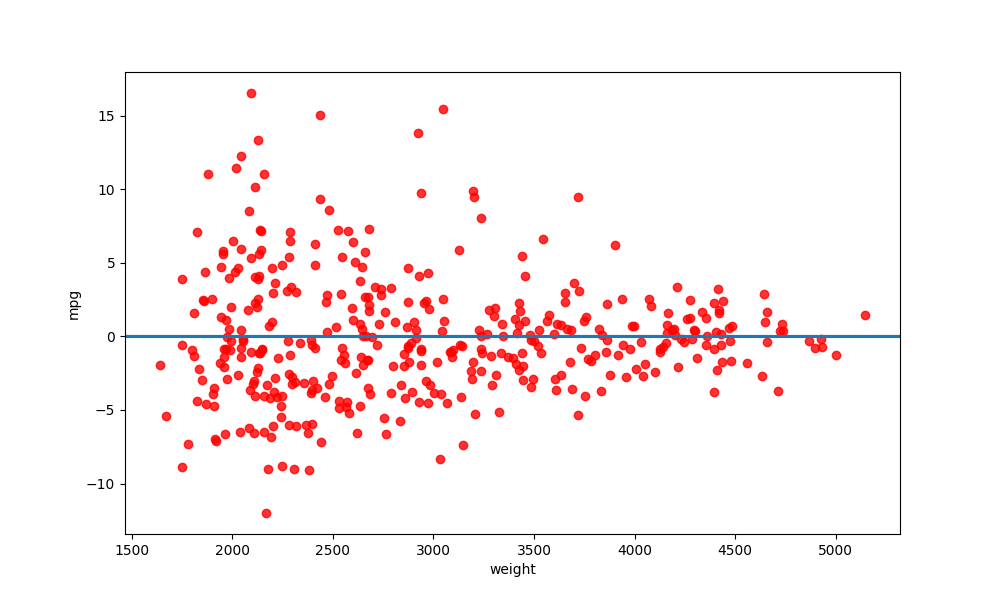
python, seaborn, residplot, lowess=True, scatter_color=red